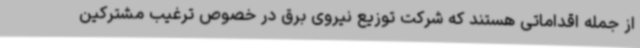
از جمله اقداماتی هستند که شرکت توزیع نیروی برق در خصوص ترغیب مشترکین